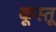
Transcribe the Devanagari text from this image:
कूस्तू